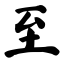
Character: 至